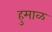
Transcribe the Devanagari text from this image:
हुमाळ